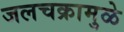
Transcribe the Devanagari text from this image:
जलचक्रामुळे